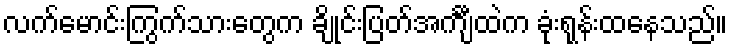
လက်မောင်းကြွက်သားတွေက ချိုင်းပြတ်အင်္ကျီထဲက ခုံးရုန်းထနေသည်။